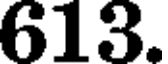
613.